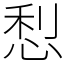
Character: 悡